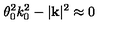
\theta _ { 0 } ^ { 2 } k _ { 0 } ^ { 2 } - | \mathbf { k } | ^ { 2 } \approx 0